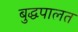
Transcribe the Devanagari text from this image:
बुद्धपालत